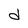
Character: d